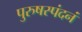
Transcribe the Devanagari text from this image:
पुरुषस्पंदनं